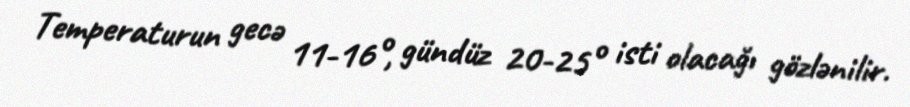
Temperaturun gecə 11-16°, gündüz 20-25° isti olacağı gözlənilir.